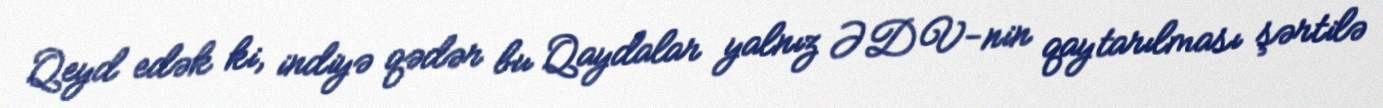
Qeyd edək ki, indiyə qədər bu Qaydalar yalnız ƏDV-nin qaytarılması şərtilə